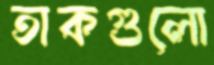
তাকগুলো